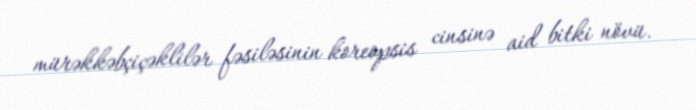
mürəkkəbçiçəklilər fəsiləsinin koreopsis cinsinə aid bitki növü.